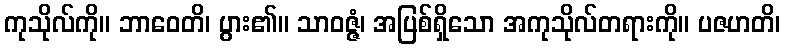
ကုသိုလ်ကို။ ဘာဝေတိ၊ ပွား၏။ သာဝဇ္ဇံ၊ အပြစ်ရှိသော အကုသိုလ်တရားကို။ ပဇဟတိ၊